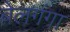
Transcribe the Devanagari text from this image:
बेलगंगा